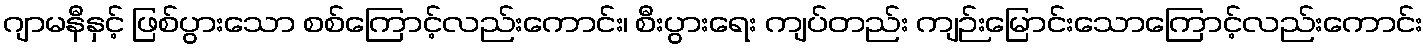
ဂျာမနီနှင့် ဖြစ်ပွားသော စစ်ကြောင့်လည်းကောင်း၊ စီးပွားရေး ကျပ်တည်း ကျဉ်းမြောင်းသောကြောင့်လည်းကောင်း